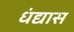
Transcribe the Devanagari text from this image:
धंद्यास